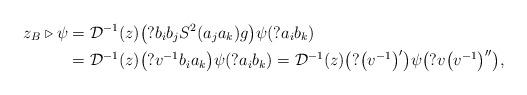
LaTeX: \begin{align*}z_B \triangleright \psi &= \mathcal{D}^{-1}(z)\big( ? b_i b_j S^2(a_j a_k) g\big) \psi ( ? a_ib_k )\\&= \mathcal{D}^{-1}(z)\big(? v^{-1} b_i a_k\big) \psi ( ? a_ib_k ) = \mathcal{D}^{-1}(z)\big(? \big(v^{-1}\big)'\big) \psi\big( ? v \big(v^{-1}\big)'' \big),\end{align*}